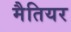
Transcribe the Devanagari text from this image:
मैतियर